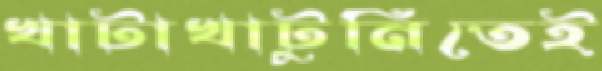
খাটাখাটুনিতেই